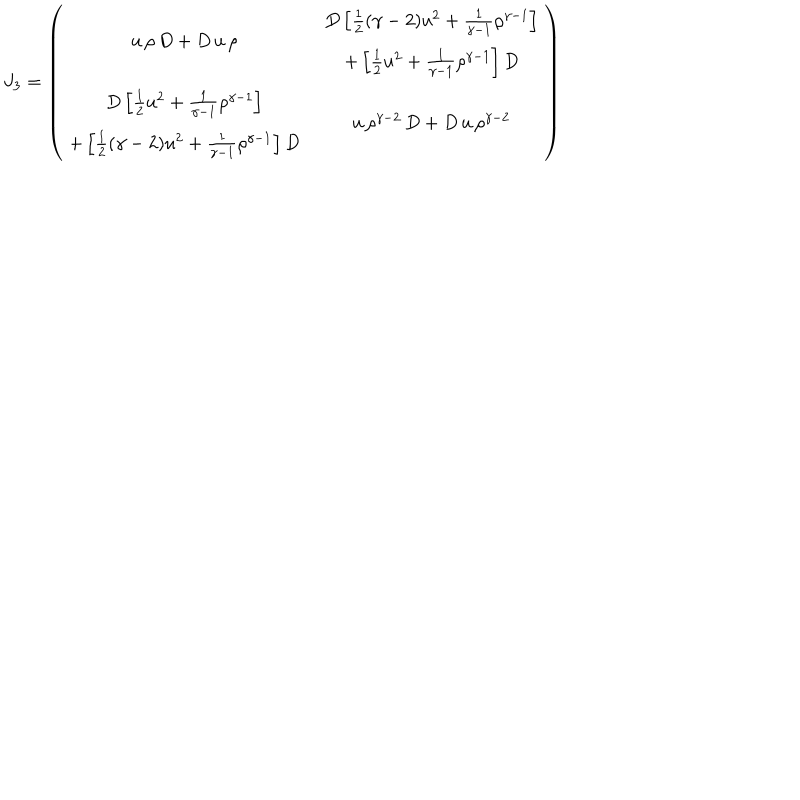
J _ { 3 } = \left( \begin{array} { c c } { { u \, \rho \, D + D \, u \, \rho } } & { { \begin{array} { c } { { D \left[ \frac { 1 } { 2 } ( \gamma - 2 ) u ^ { 2 } + \frac { 1 } { \gamma - 1 } \rho ^ { \gamma - 1 } \right] } } \\ { { + \left[ \frac { 1 } { 2 } u ^ { 2 } + \frac { 1 } { \gamma - 1 } \rho ^ { \gamma - 1 } \right] D } } \\ \end{array} } } \\ { { \begin{array} { c } { { D \left[ \frac { 1 } { 2 } u ^ { 2 } + \frac { 1 } { \gamma - 1 } \rho ^ { \gamma - 1 } \right] } } \\ { { + \left[ \frac { 1 } { 2 } ( \gamma - 2 ) u ^ { 2 } + \frac { 1 } { \gamma - 1 } \rho ^ { \gamma - 1 } \right] D } } \\ \end{array} } } & { { u \, \rho ^ { \gamma - 2 } \, D + D \, u \, \rho ^ { \gamma - 2 } } } \\ \end{array} \right)